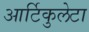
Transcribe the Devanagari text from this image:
आर्टिकुलेटा